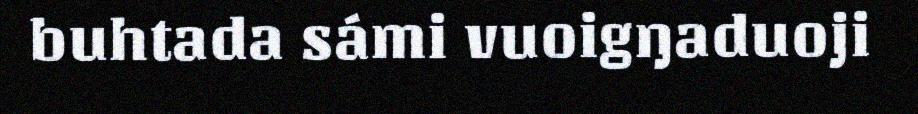
buhtada sámi vuoigŋaduoji